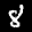
Label: 8